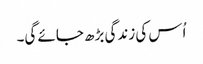
اُس کی زندگی بڑھ جائے گی۔